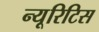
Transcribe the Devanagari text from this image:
न्यूरिटिस